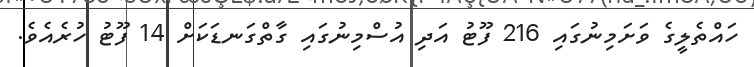
ހައްތެލީގެ ވަށަމިނުގައި 216 ފޫޓު އަދި އުސްމިނުގައި ގާތްގަނޑަކަށް 14 ފޫޓު ހުރެއެވެ.